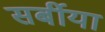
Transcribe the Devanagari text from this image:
सर्बीया